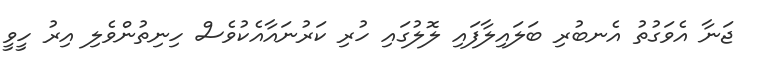
ޖަނާ އެވަގުތު އެނބުރި ބަލައިލާފައި ލޮލުގައި ހުރި ކަރުނައާއެކުވެސް ހިނިތުންވެލި އިރު ހީވީ